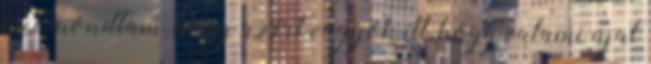
azt mondtam, hogy azért vagyok itt, hogy valami újat